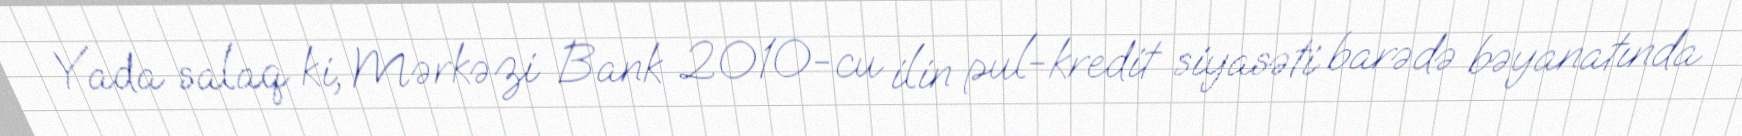
Yada salaq ki, Mərkəzi Bank 2010-cu ilin pul-kredit siyasəti barədə bəyanatında